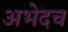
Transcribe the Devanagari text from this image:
अभेदच